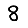
Digit: 8